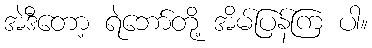
အဲဒီတော့ ရဲဘော်တို့ အိမ်ပြန်ကြ ပါ။